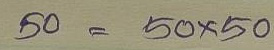
50 = 50x50